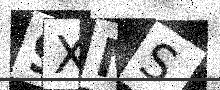
Text: 9XMS